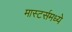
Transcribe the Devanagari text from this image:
मास्टर्समध्ये